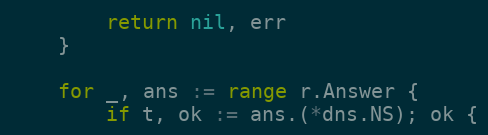
Language: Go
		return nil, err
	}

	for _, ans := range r.Answer {
		if t, ok := ans.(*dns.NS); ok {